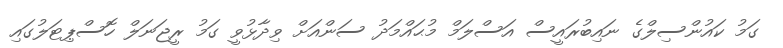
ގަމު ކައުންސިލްގެ ނައިބުރައީސް އަސްލަމް މުޙައްމަދު ސަންއަށް ވިދާޅުވީ ގަމު ރީޖަނަލް ހޮސްޕިޓަލުގައި